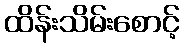
ထိန်းသိမ်းစောင့်